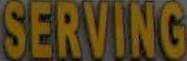
SERVING